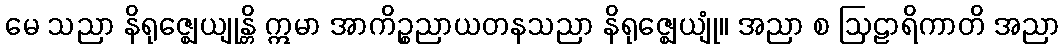
မေ သညာ နိရုဇ္ဈေယျုန္တိ ဣမာ အာကိဉ္စညာယတနသညာ နိရုဇ္ဈေယျုံ။ အညာ စ ဩဠာရိကာတိ အညာ